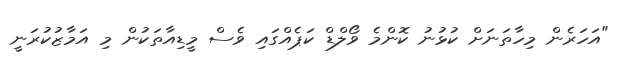
"އަހަރެން މިހާތަނަށް ކުޅުނު ކޮންމެ ވޯލްޑް ކަޕެއްގައި ވެސް މީޑިއާތަކުން މި އަމާޒުކުރަނީ